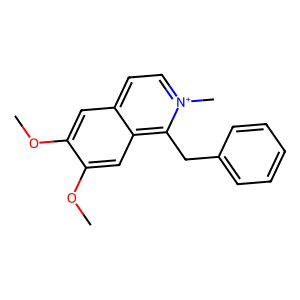
SMILES: COc1cc2cc[n+](C)c(Cc3ccccc3)c2cc1OC
Inhibits HIV replication: No